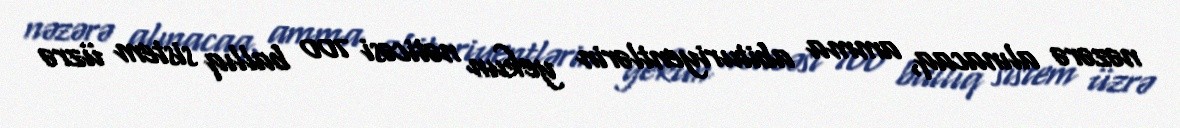
nəzərə alınacaq, amma abituriyentlərin yekun nəticəsi 700 ballıq sistem üzrə